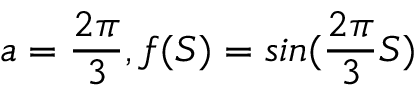
a = \frac { 2 \pi } { 3 } , f ( S ) = s i n ( \frac { 2 \pi } { 3 } S )